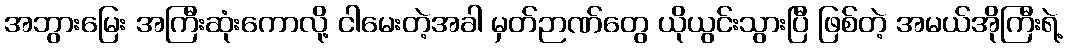
အဘွားမြေး အကြီးဆုံးကောလို့ ငါမေးတဲ့အခါ မှတ်ဉာဏ်တွေ ယိုယွင်းသွားပြီ ဖြစ်တဲ့ အမယ်အိုကြီးရဲ့